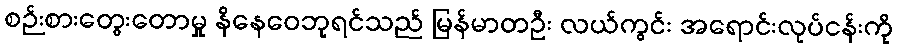
စဉ်းစားတွေးတောမှု နိနေဝေဘုရင်သည် မြန်မာတဦး လယ်ကွင်း အရောင်းလုပ်ငန်းကို